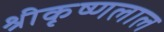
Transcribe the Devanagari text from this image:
श्रीकृष्णलाल